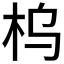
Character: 𱣂